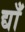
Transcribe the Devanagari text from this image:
द्याँ